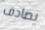
يصادف